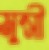
মুন্সী